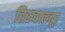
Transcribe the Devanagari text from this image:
तिरुवालत्तूर